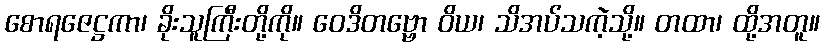
စောရဇေဋ္ဌကာ၊ ခိုးသူကြီးတို့ကို။ ဝေဒိတဗ္ဗော ဝိယ၊ သိအပ်သကဲ့သို့။ တထာ၊ ထို့အတူ။